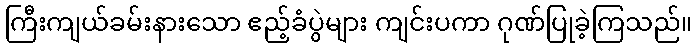
ကြီးကျယ်ခမ်းနားသော ဧည့်ခံပွဲများ ကျင်းပကာ ဂုဏ်ပြုခဲ့ကြသည်။